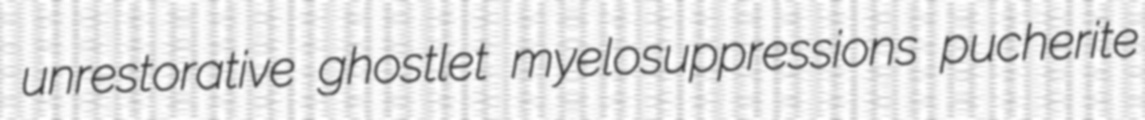
unrestorative ghostlet myelosuppressions pucherite